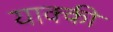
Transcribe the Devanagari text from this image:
याक्की